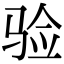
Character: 验